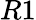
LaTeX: R1